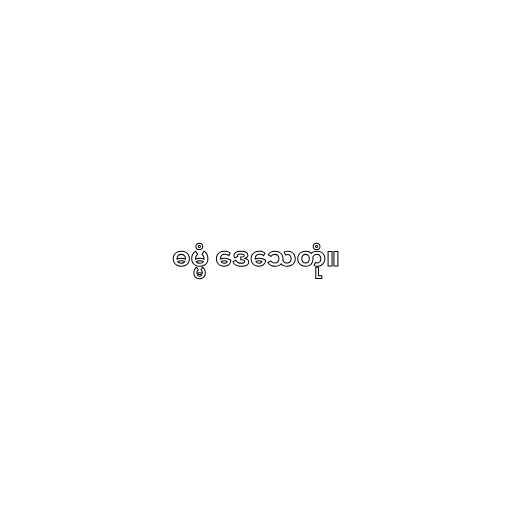
ဓမ္မံ ဒေသေတုံ။